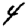
Digit: 4